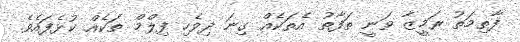
ފާތިމަތު ރަމީޒާ ވަނީ ތަފާތު އެތަކެއް ގިނަ ދިވެހި ފިލްމް ތަކެއް ކުޅެފައެވެ.